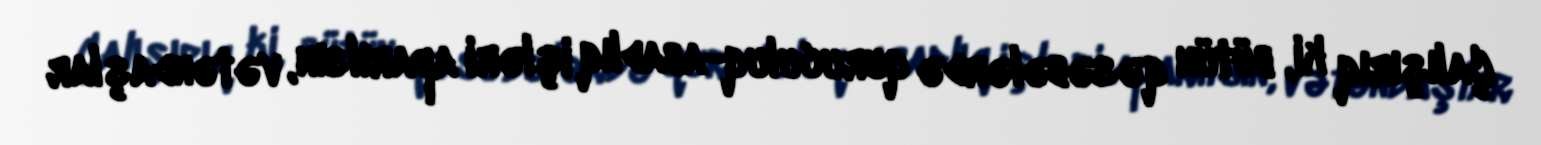
Çalışırıq ki, bütün qəsəbələrdə quruculuq-abadlıq işləri aparılsın, vətəndaşlar